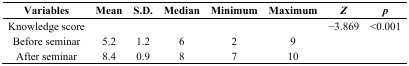
<table><thead><tr><td><b>Variables</b></td><td><b>Mean</b></td><td><b>S.D.</b></td><td><b>Median</b></td><td><b>Minimum</b></td><td><b>Maximum</b></td><td><b><i>Z</i></b></td><td><b><i>p</i></b></td></tr></thead><tbody><tr><td>Knowledge score</td><td></td><td></td><td></td><td></td><td></td><td>−3.869</td><td>&lt;0.001</td></tr><tr><td>Before seminar</td><td>5.2</td><td>1.2</td><td>6</td><td>2</td><td>9</td><td></td><td></td></tr><tr><td>After seminar</td><td>8.4</td><td>0.9</td><td>8</td><td>7</td><td>10</td><td></td><td></td></tr></tbody></table>